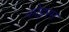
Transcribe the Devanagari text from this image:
कोट्टरम